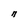
Character: n